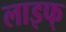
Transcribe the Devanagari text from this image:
लाइफ्